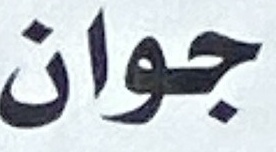
جوان